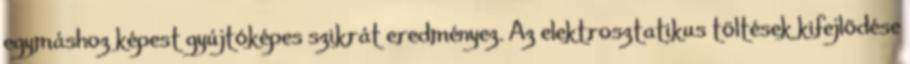
egymáshoz képest gyújtóképes szikrát eredményez. Az elektrosztatikus töltések kifejlõdése